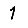
Digit: 1